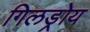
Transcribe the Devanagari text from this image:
गिलड्रोय